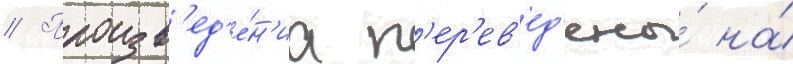
// Произв'ед'е́н'иа п'ер'ев'ед'ены́ на́